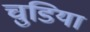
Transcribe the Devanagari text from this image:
चुडिया